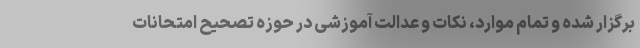
برگزار شده و تمام موارد، نکات و عدالت آموزشی در حوزه تصحیح امتحانات